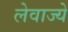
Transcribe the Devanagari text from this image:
लेवाज्ये